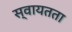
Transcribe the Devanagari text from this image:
स्‍वायतता